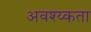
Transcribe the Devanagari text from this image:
अवश्य्कता